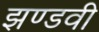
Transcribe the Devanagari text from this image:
झण्डवी